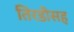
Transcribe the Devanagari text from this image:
तिरडीसह